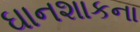
ઘાનશાકના